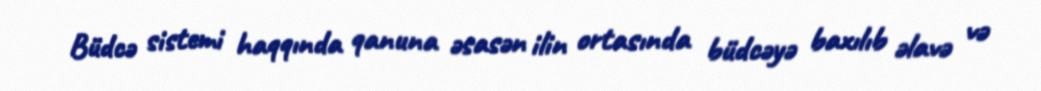
Büdcə sistemi haqqında qanuna əsasən ilin ortasında büdcəyə baxılıb əlavə və